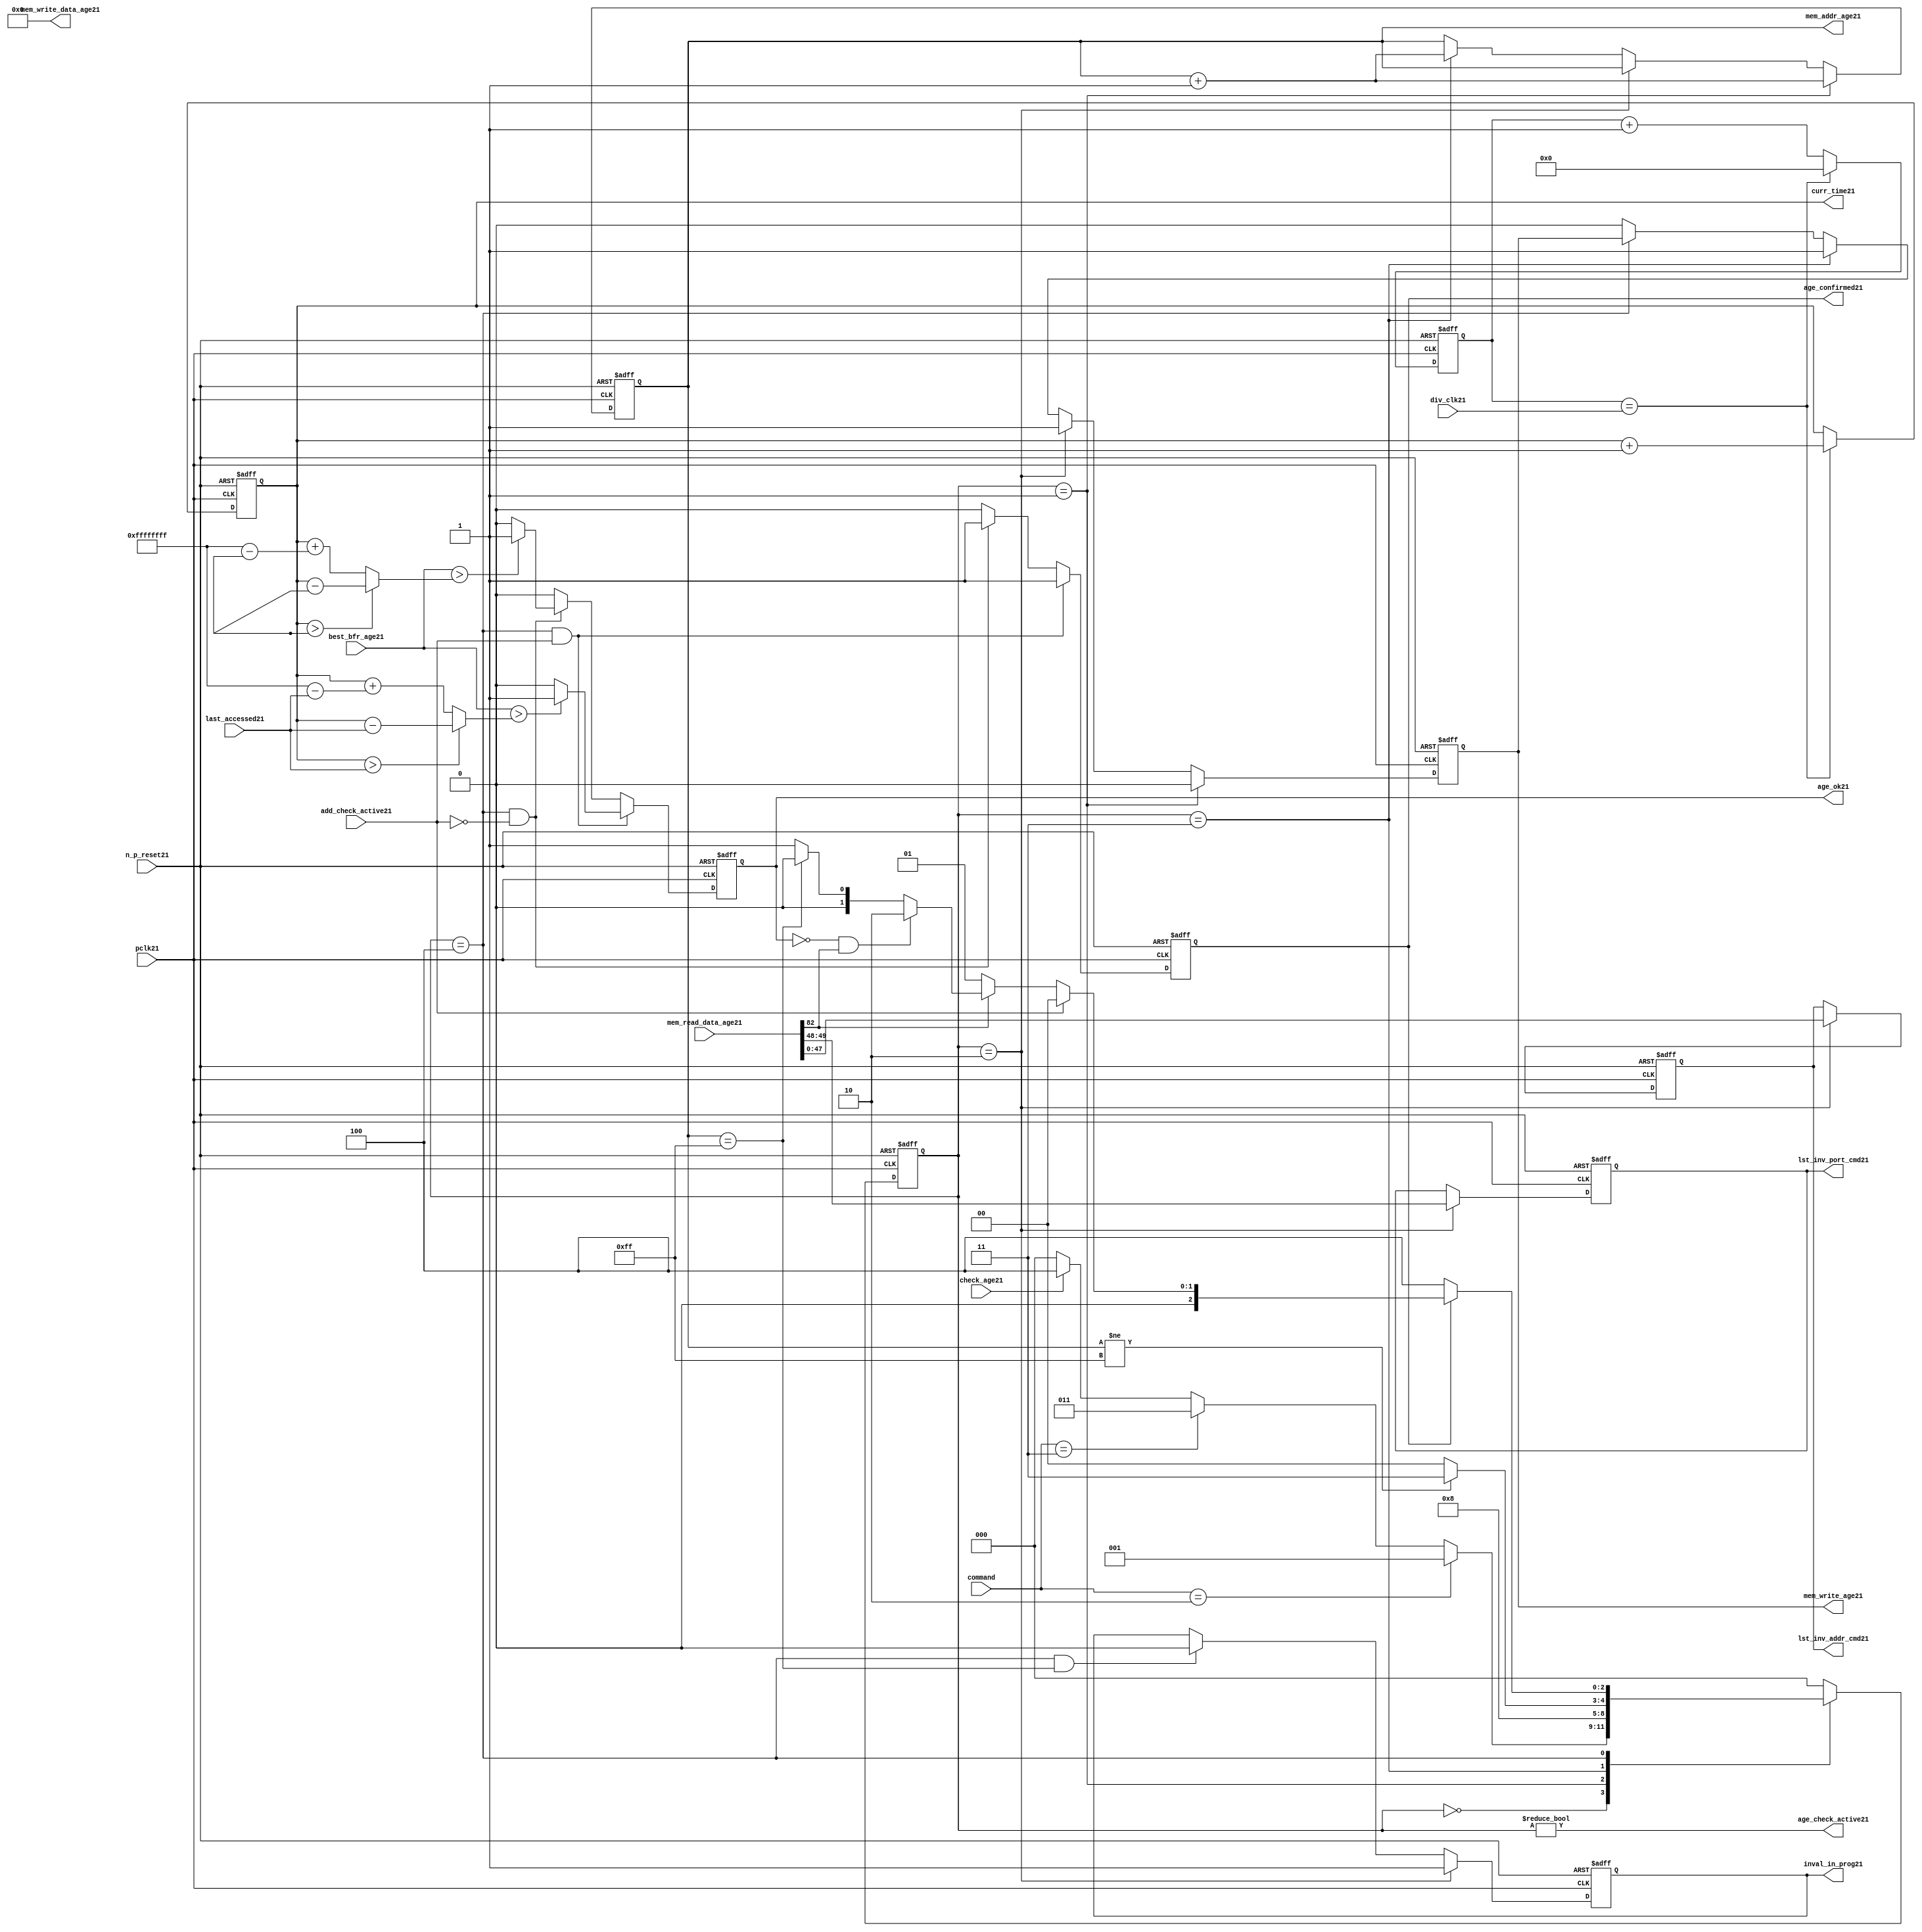
//File21 name   : alut_age_checker21.v
//Title21       : 
//Created21     : 1999
//Description21 : 
//Notes21       : 
//----------------------------------------------------------------------
//   Copyright21 1999-2010 Cadence21 Design21 Systems21, Inc21.
//   All Rights21 Reserved21 Worldwide21
//
//   Licensed21 under the Apache21 License21, Version21 2.0 (the
//   "License21"); you may not use this file except21 in
//   compliance21 with the License21.  You may obtain21 a copy of
//   the License21 at
//
//       http21://www21.apache21.org21/licenses21/LICENSE21-2.0
//
//   Unless21 required21 by applicable21 law21 or agreed21 to in
//   writing, software21 distributed21 under the License21 is
//   distributed21 on an "AS21 IS21" BASIS21, WITHOUT21 WARRANTIES21 OR21
//   CONDITIONS21 OF21 ANY21 KIND21, either21 express21 or implied21.  See
//   the License21 for the specific21 language21 governing21
//   permissions21 and limitations21 under the License21.
//----------------------------------------------------------------------

module alut_age_checker21
(   
   // Inputs21
   pclk21,
   n_p_reset21,
   command,          
   div_clk21,          
   mem_read_data_age21,
   check_age21,        
   last_accessed21, 
   best_bfr_age21,   
   add_check_active21,

   // outputs21
   curr_time21,         
   mem_addr_age21,      
   mem_write_age21,     
   mem_write_data_age21,
   lst_inv_addr_cmd21,    
   lst_inv_port_cmd21,  
   age_confirmed21,     
   age_ok21,
   inval_in_prog21,  
   age_check_active21          
);   

   input               pclk21;               // APB21 clock21                           
   input               n_p_reset21;          // Reset21                               
   input [1:0]         command;            // command bus                        
   input [7:0]         div_clk21;            // clock21 divider21 value
   input [82:0]        mem_read_data_age21;  // read data from memory             
   input               check_age21;          // request flag21 for age21 check
   input [31:0]        last_accessed21;      // time field sent21 for age21 check
   input [31:0]        best_bfr_age21;       // best21 before age21
   input               add_check_active21;   // active flag21 from address checker

   output [31:0]       curr_time21;          // current time,for storing21 in mem    
   output [7:0]        mem_addr_age21;       // address for R/W21 to memory     
   output              mem_write_age21;      // R/W21 flag21 (write = high21)            
   output [82:0]       mem_write_data_age21; // write data for memory             
   output [47:0]       lst_inv_addr_cmd21;   // last invalidated21 addr normal21 op    
   output [1:0]        lst_inv_port_cmd21;   // last invalidated21 port normal21 op    
   output              age_confirmed21;      // validates21 age_ok21 result 
   output              age_ok21;             // age21 checker result - set means21 in-date21
   output              inval_in_prog21;      // invalidation21 in progress21
   output              age_check_active21;   // bit 0 of status register           

   reg  [2:0]          age_chk_state21;      // age21 checker FSM21 current state
   reg  [2:0]          nxt_age_chk_state21;  // age21 checker FSM21 next state
   reg  [7:0]          mem_addr_age21;     
   reg                 mem_write_age21;    
   reg                 inval_in_prog21;      // invalidation21 in progress21
   reg  [7:0]          clk_div_cnt21;        // clock21 divider21 counter
   reg  [31:0]         curr_time21;          // current time,for storing21 in mem  
   reg                 age_confirmed21;      // validates21 age_ok21 result 
   reg                 age_ok21;             // age21 checker result - set means21 in-date21
   reg [47:0]          lst_inv_addr_cmd21;   // last invalidated21 addr normal21 op    
   reg [1:0]           lst_inv_port_cmd21;   // last invalidated21 port normal21 op    

   wire  [82:0]        mem_write_data_age21;
   wire  [31:0]        last_accessed_age21;  // read back time by age21 checker
   wire  [31:0]        time_since_lst_acc_age21;  // time since21 last accessed age21
   wire  [31:0]        time_since_lst_acc21; // time since21 last accessed address
   wire                age_check_active21;   // bit 0 of status register           

// Parameters21 for Address Checking21 FSM21 states21
   parameter idle21           = 3'b000;
   parameter inval_aged_rd21  = 3'b001;
   parameter inval_aged_wr21  = 3'b010;
   parameter inval_all21      = 3'b011;
   parameter age_chk21        = 3'b100;

   parameter max_addr       = 8'hff;
   parameter max_cnt21        = 32'hffff_ffff;

// -----------------------------------------------------------------------------
//   Generate21 current time counter
// -----------------------------------------------------------------------------
always @ (posedge pclk21 or negedge n_p_reset21)
   begin
   if (~n_p_reset21)
      clk_div_cnt21 <= 8'd0;
   else if (clk_div_cnt21 == div_clk21)
      clk_div_cnt21 <= 8'd0; 
   else 
      clk_div_cnt21 <= clk_div_cnt21 + 1'd1;
   end


always @ (posedge pclk21 or negedge n_p_reset21)
   begin
   if (~n_p_reset21)
      curr_time21 <= 32'd0;
   else if (clk_div_cnt21 == div_clk21)
      curr_time21 <= curr_time21 + 1'd1;
   end


// -----------------------------------------------------------------------------
//   Age21 checker State21 Machine21 
// -----------------------------------------------------------------------------
always @ (command or check_age21 or age_chk_state21 or age_confirmed21 or age_ok21 or
          mem_addr_age21 or mem_read_data_age21[82])
   begin
      case (age_chk_state21)
      
      idle21:
         if (command == 2'b10)
            nxt_age_chk_state21 = inval_aged_rd21;
         else if (command == 2'b11)
            nxt_age_chk_state21 = inval_all21;
         else if (check_age21)
            nxt_age_chk_state21 = age_chk21;
         else
            nxt_age_chk_state21 = idle21;

      inval_aged_rd21:
            nxt_age_chk_state21 = age_chk21;

      inval_aged_wr21:
            nxt_age_chk_state21 = idle21;

      inval_all21:
         if (mem_addr_age21 != max_addr)
            nxt_age_chk_state21 = inval_all21;  // move21 onto21 next address
         else
            nxt_age_chk_state21 = idle21;

      age_chk21:
         if (age_confirmed21)
            begin
            if (add_check_active21)                     // age21 check for addr chkr21
               nxt_age_chk_state21 = idle21;
            else if (~mem_read_data_age21[82])      // invalid, check next location21
               nxt_age_chk_state21 = inval_aged_rd21; 
            else if (~age_ok21 & mem_read_data_age21[82]) // out of date21, clear 
               nxt_age_chk_state21 = inval_aged_wr21;
            else if (mem_addr_age21 == max_addr)    // full check completed
               nxt_age_chk_state21 = idle21;     
            else 
               nxt_age_chk_state21 = inval_aged_rd21; // age21 ok, check next location21 
            end       
         else
            nxt_age_chk_state21 = age_chk21;

      default:
            nxt_age_chk_state21 = idle21;
      endcase
   end



always @ (posedge pclk21 or negedge n_p_reset21)
   begin
   if (~n_p_reset21)
      age_chk_state21 <= idle21;
   else
      age_chk_state21 <= nxt_age_chk_state21;
   end


// -----------------------------------------------------------------------------
//   Generate21 memory RW bus for accessing array when requested21 to invalidate21 all
//   aged21 addresses21 and all addresses21.
// -----------------------------------------------------------------------------
always @ (posedge pclk21 or negedge n_p_reset21)
   begin
   if (~n_p_reset21)
   begin
      mem_addr_age21 <= 8'd0;     
      mem_write_age21 <= 1'd0;    
   end
   else if (age_chk_state21 == inval_aged_rd21)  // invalidate21 aged21 read
   begin
      mem_addr_age21 <= mem_addr_age21 + 1'd1;     
      mem_write_age21 <= 1'd0;    
   end
   else if (age_chk_state21 == inval_aged_wr21)  // invalidate21 aged21 read
   begin
      mem_addr_age21 <= mem_addr_age21;     
      mem_write_age21 <= 1'd1;    
   end
   else if (age_chk_state21 == inval_all21)  // invalidate21 all
   begin
      mem_addr_age21 <= mem_addr_age21 + 1'd1;     
      mem_write_age21 <= 1'd1;    
   end
   else if (age_chk_state21 == age_chk21)
   begin
      mem_addr_age21 <= mem_addr_age21;     
      mem_write_age21 <= mem_write_age21;    
   end
   else 
   begin
      mem_addr_age21 <= mem_addr_age21;     
      mem_write_age21 <= 1'd0;    
   end
   end

// age21 checker will only ever21 write zero values to ALUT21 mem
assign mem_write_data_age21 = 83'd0;



// -----------------------------------------------------------------------------
//   Generate21 invalidate21 in progress21 flag21 (bit 1 of status register)
// -----------------------------------------------------------------------------
always @ (posedge pclk21 or negedge n_p_reset21)
   begin
   if (~n_p_reset21)
      inval_in_prog21 <= 1'd0;
   else if (age_chk_state21 == inval_aged_wr21) 
      inval_in_prog21 <= 1'd1;
   else if ((age_chk_state21 == age_chk21) & (mem_addr_age21 == max_addr))
      inval_in_prog21 <= 1'd0;
   else
      inval_in_prog21 <= inval_in_prog21;
   end


// -----------------------------------------------------------------------------
//   Calculate21 whether21 data is still in date21.  Need21 to work21 out the real time
//   gap21 between current time and last accessed.  If21 this gap21 is greater than
//   the best21 before age21, then21 the data is out of date21. 
// -----------------------------------------------------------------------------
assign time_since_lst_acc21 = (curr_time21 > last_accessed21) ? 
                            (curr_time21 - last_accessed21) :  // no cnt wrapping21
                            (curr_time21 + (max_cnt21 - last_accessed21));

assign time_since_lst_acc_age21 = (curr_time21 > last_accessed_age21) ? 
                                (curr_time21 - last_accessed_age21) : // no wrapping21
                                (curr_time21 + (max_cnt21 - last_accessed_age21));


always @ (posedge pclk21 or negedge n_p_reset21)
   begin
   if (~n_p_reset21)
      begin
      age_ok21 <= 1'b0;
      age_confirmed21 <= 1'b0;
      end
   else if ((age_chk_state21 == age_chk21) & add_check_active21) 
      begin                                       // age21 checking for addr chkr21
      if (best_bfr_age21 > time_since_lst_acc21)      // still in date21
         begin
         age_ok21 <= 1'b1;
         age_confirmed21 <= 1'b1;
         end
      else   // out of date21
         begin
         age_ok21 <= 1'b0;
         age_confirmed21 <= 1'b1;
         end
      end
   else if ((age_chk_state21 == age_chk21) & ~add_check_active21)
      begin                                      // age21 checking for inval21 aged21
      if (best_bfr_age21 > time_since_lst_acc_age21) // still in date21
         begin
         age_ok21 <= 1'b1;
         age_confirmed21 <= 1'b1;
         end
      else   // out of date21
         begin
         age_ok21 <= 1'b0;
         age_confirmed21 <= 1'b1;
         end
      end
   else
      begin
      age_ok21 <= 1'b0;
      age_confirmed21 <= 1'b0;
      end
   end



// -----------------------------------------------------------------------------
//   Generate21 last address and port that was cleared21 in the invalid aged21 process
// -----------------------------------------------------------------------------
always @ (posedge pclk21 or negedge n_p_reset21)
   begin
   if (~n_p_reset21)
      begin
      lst_inv_addr_cmd21 <= 48'd0;
      lst_inv_port_cmd21 <= 2'd0;
      end
   else if (age_chk_state21 == inval_aged_wr21)
      begin
      lst_inv_addr_cmd21 <= mem_read_data_age21[47:0];
      lst_inv_port_cmd21 <= mem_read_data_age21[49:48];
      end
   else 
      begin
      lst_inv_addr_cmd21 <= lst_inv_addr_cmd21;
      lst_inv_port_cmd21 <= lst_inv_port_cmd21;
      end
   end


// -----------------------------------------------------------------------------
//   Set active bit of status, decoded21 off21 age_chk_state21
// -----------------------------------------------------------------------------
assign age_check_active21 = (age_chk_state21 != 3'b000);

endmodule